Elephants and their diseases
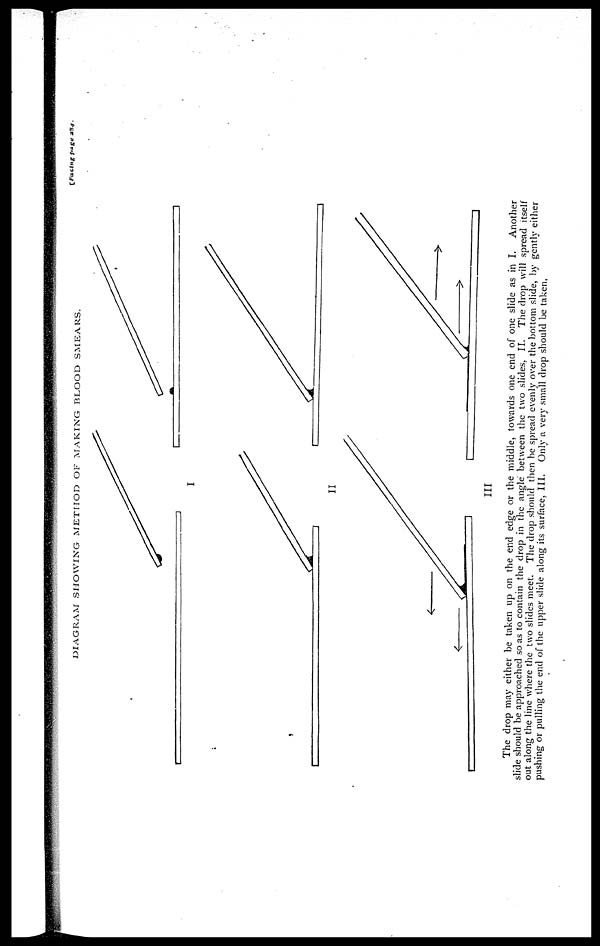
(Facing page 234.
DIAGRAM
SHOWING
METHOD
OF
MAKING
BLOOD
SMEARS.
The drop may either be taken up on the end edge or the middle, towards one end of one slide as in I. Another
slide should be approached so as to contain the drop in the angle between the two slides, II. The drop will spread itself
out along the line where the two slides meet. The drop should then be spread evenly over the bottom slide, by gently either
pushing or pulling the end of the upper slide along its surface, III. Only a very small drop should be taken,